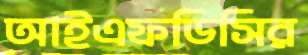
আইএফডিসির